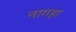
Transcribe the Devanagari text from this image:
नागहा